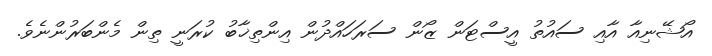
އޯޝޭނިއާ އާއި ސައުތު އީސްޓަން ޒޯން ސަރަހައްދުން އިންތިޚާބު ކުރަނީ ތިން މެންބަރުންނެވެ.